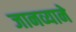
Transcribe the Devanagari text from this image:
जानव्याने